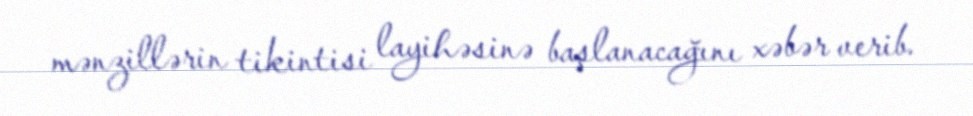
mənzillərin tikintisi layihəsinə başlanacağını xəbər verib.